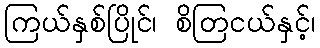
ကြယ်နှစ်ပြိုင်၊ စိတြငယ်နှင့်၊